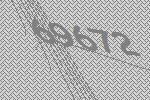
69672